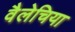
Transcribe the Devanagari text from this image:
वैलेचिया